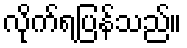
လိုက်ရပြန်သည်။